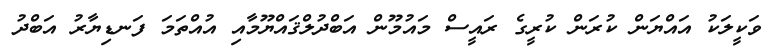
ވަކީލަކު އައްޔަން ކުރަން ކުރީގެ ރައީސް މައުމޫން އަބްދުލްޤައްޔޫމާއި އުއްތަމަ ފަނޑިޔާރު އަބްދު